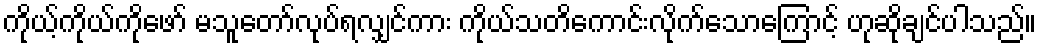
ကိုယ့်ကိုယ်ကိုဖော် မသူတော်လုပ်ရလျှင်ကား ကိုယ်သတိကောင်းလိုက်သောကြောင့် ဟုဆိုချင်ပါသည်။